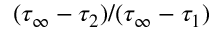
( \tau _ { \infty } - \tau _ { 2 } ) / ( \tau _ { \infty } - \tau _ { 1 } )